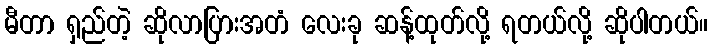
မီတာ ရှည်တဲ့ ဆိုလာပြားအတံ လေးခု ဆန့်ထုတ်လို့ ရတယ်လို့ ဆိုပါတယ်။